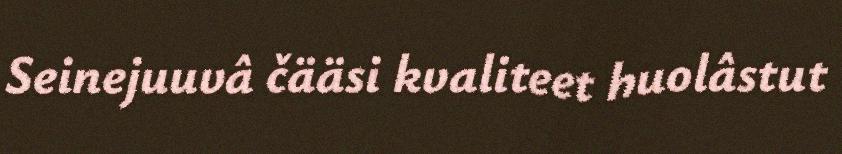
Seinejuuvâ čääsi kvaliteet huolâstut